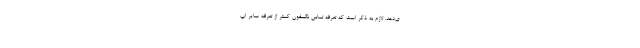
ی‌دهد. لازم به ذکر است که تعرفه تماس نکسفون کمتر از تعرفه سایر اپ